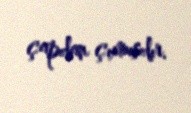
çapdan çıxmışdır.